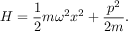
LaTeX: H = { \frac { 1 } { 2 } } m \omega ^ { 2 } x ^ { 2 } + { \frac { p ^ { 2 } } { 2 m } } .